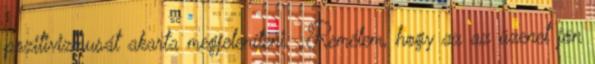
pozitivizmusát akarta megjeleníteni. „Remélem, hogy az az üzenet jön